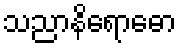
သညာနိရောဓော